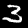
Label: 3